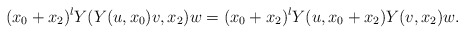
\begin{align*} (x_0+x_2)^l Y(Y(u,x_0)v,x_2)w=(x_0+x_2)^l Y(u,x_0+x_2)Y(v,x_2)w.\end{align*}